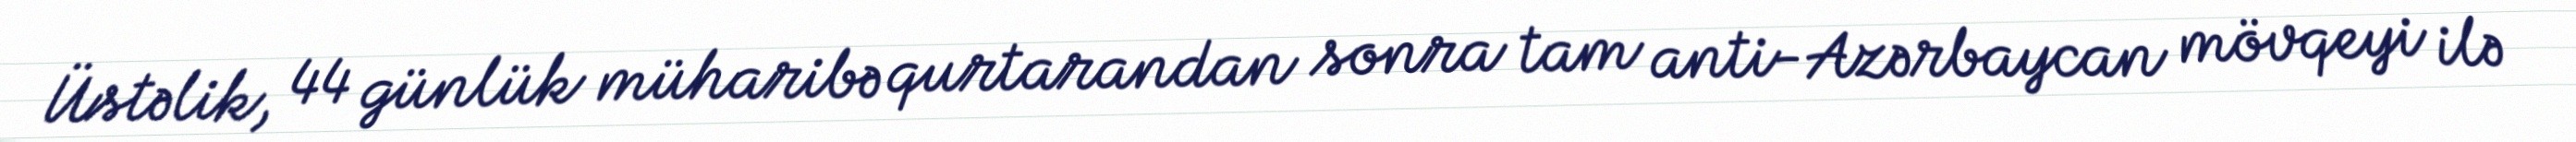
Üstəlik, 44 günlük müharibə qurtarandan sonra tam anti-Azərbaycan mövqeyi ilə